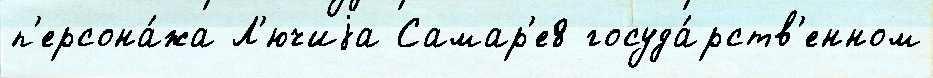
п'ерсона́жа Л'ючиjа Самар'е8 госуда́рств'енном